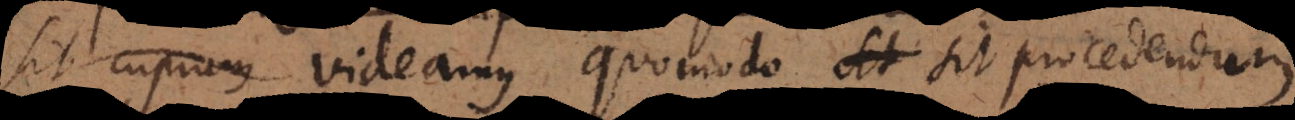
et aurum, videamus quomodo sit procedendum.